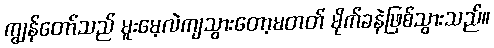
ကျွန်တော်သည် မူးမေ့လဲကျသွားတော့မတတ် မိုက်ခနဲဖြစ်သွားသည်။